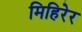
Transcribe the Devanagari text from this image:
मिहिरेर